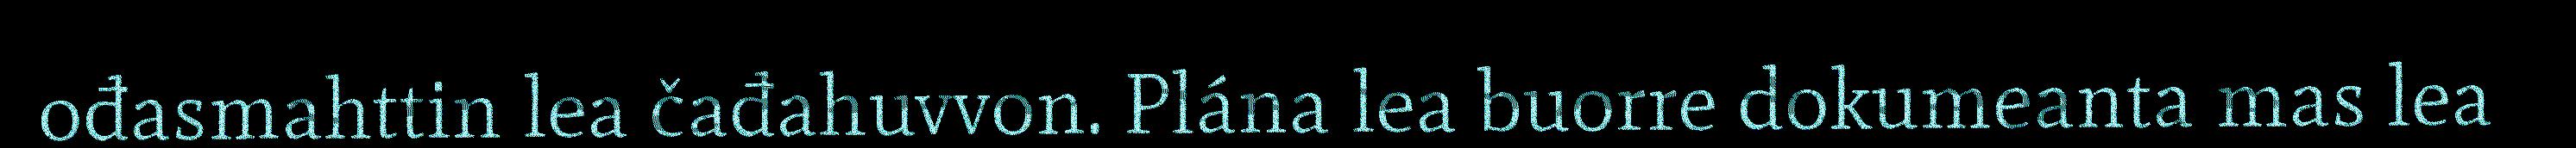
ođasmahttin lea čađahuvvon. Plána lea buorre dokumeanta mas lea